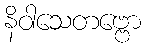
နိဝါသေတဗ္ဗော